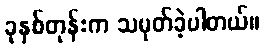
ခုနှစ်တုန်းက သမုတ်ခဲ့ပါတယ်။